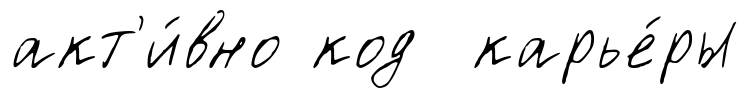
акт'и́вно код карье́ры